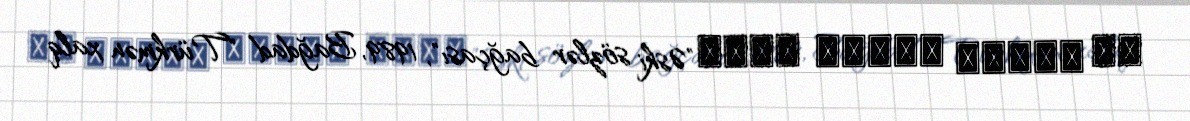
سى باغجھ سوزلر اسكى"Əski sözlər bağçası", 1989, Bağdad "Türkmən xalq